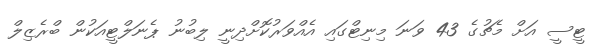
ޓީސީ އަށް މެޗުގެ 43 ވަނަ މިނިޓްގައި އެއްވަރުކޮށްދިނީ ލިބުނު ޕެނަލްޓީއަކުން ބްރެޒިލް